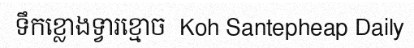
ទឹកខ្លោងទ្វារខ្មោច  Koh Santepheap Daily